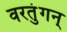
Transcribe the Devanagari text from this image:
वरतुंगन्